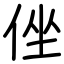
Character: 侳